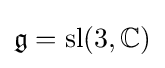
{\mathfrak {g}}=\operatorname {sl} (3,\mathbb {C} )